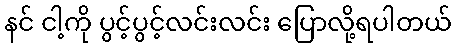
နင် ငါ့ကို ပွင့်ပွင့်လင်းလင်း ပြောလို့ရပါတယ်